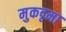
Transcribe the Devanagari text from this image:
मुकदृमा